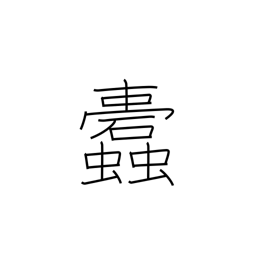
Meaning: insects which eat into clot